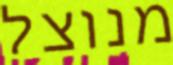
מנוצל